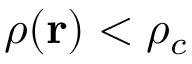
\rho ( \mathbf { r } ) < \rho _ { c }